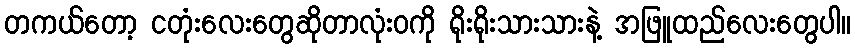
တကယ်တော့ ငတုံးလေးတွေဆိုတာလုံးဝကို ရိုးရိုးသားသားနဲ့ အဖြူထည်လေးတွေပါ။